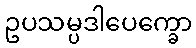
ဥပသမ္ပဒါပေက္ခော